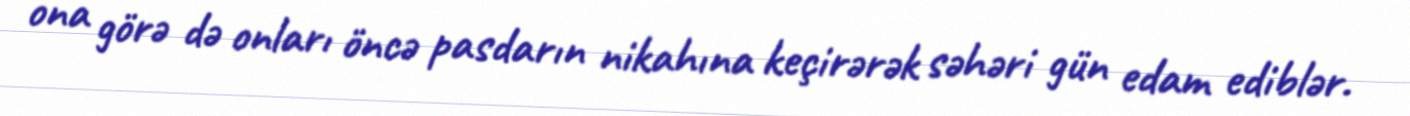
ona görə də onları öncə pasdarın nikahına keçirərək səhəri gün edam ediblər.